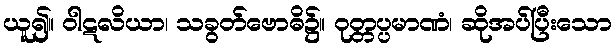
ယူ၍။ ဝါဋလိယာ၊ သခွတ်ဗောဓိ၌။ ဝုတ္တပ္ပမာဏံ၊ ဆိုအပ်ပြီးသော